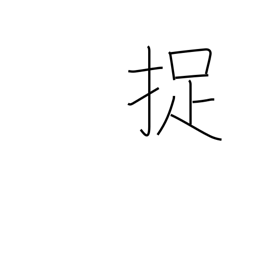
Meaning: catch